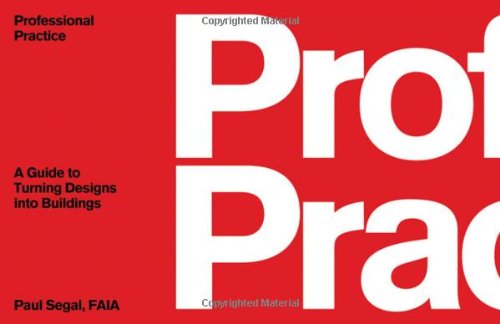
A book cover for Professional Practice: A Guide to Turning Designs into Buildings; Paul Segal; Arts & Photography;